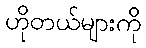
ဟိုတယ်များကို